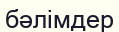
бәлімдер